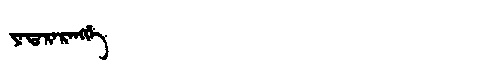
Manchu: ᠶᠠᡨᠠᡵᠠᡵᠠᠩᡤᡝ
Romanization: YATARARANGGE